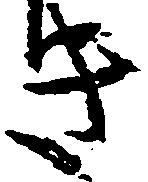
き